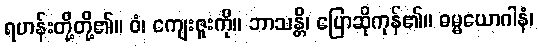
ရဟန်းတို့တို့၏။ ဝံ၊ ကျေးဇူးကို။ ဘာသန္တိ၊ ပြောဆိုကုန်၏။ ဓမ္မယောဂါနံ၊